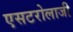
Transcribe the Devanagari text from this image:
एसटरोलाजी